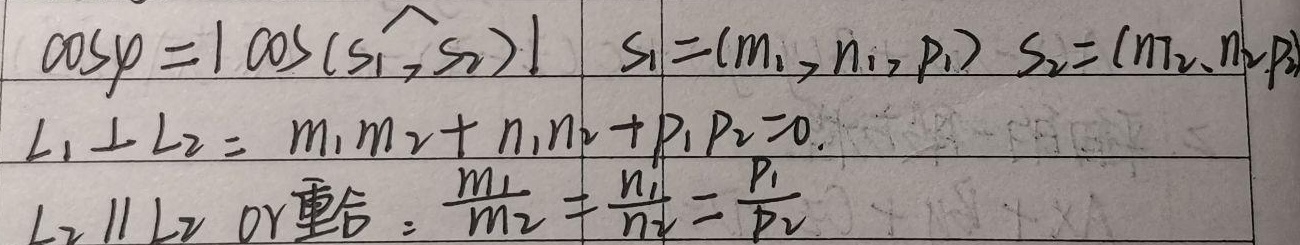
\[
\begin{align*}
\cos\varphi&=\vert\cos(\widehat{\boldsymbol{s}_{1},\boldsymbol{s}_{2}})\vert \quad \text{其中}\quad \boldsymbol{s}_{1}=(m_{1},n_{1},p_{1})\quad \boldsymbol{s}_{2}=(m_{2},n_{2},p_{2})\\
L_{1}\perp L_{2}&\text{意味着}\quad m_{1}m_{2}+n_{1}n_{2}+p_{1}p_{2} = 0\\
L_{1}\parallel L_{2}\text{ 或重合}&\text{意味着}\quad\frac{m_{1}}{m_{2}}=\frac{n_{1}}{n_{2}}=\frac{p_{1}}{p_{2}}
\end{align*}
\]